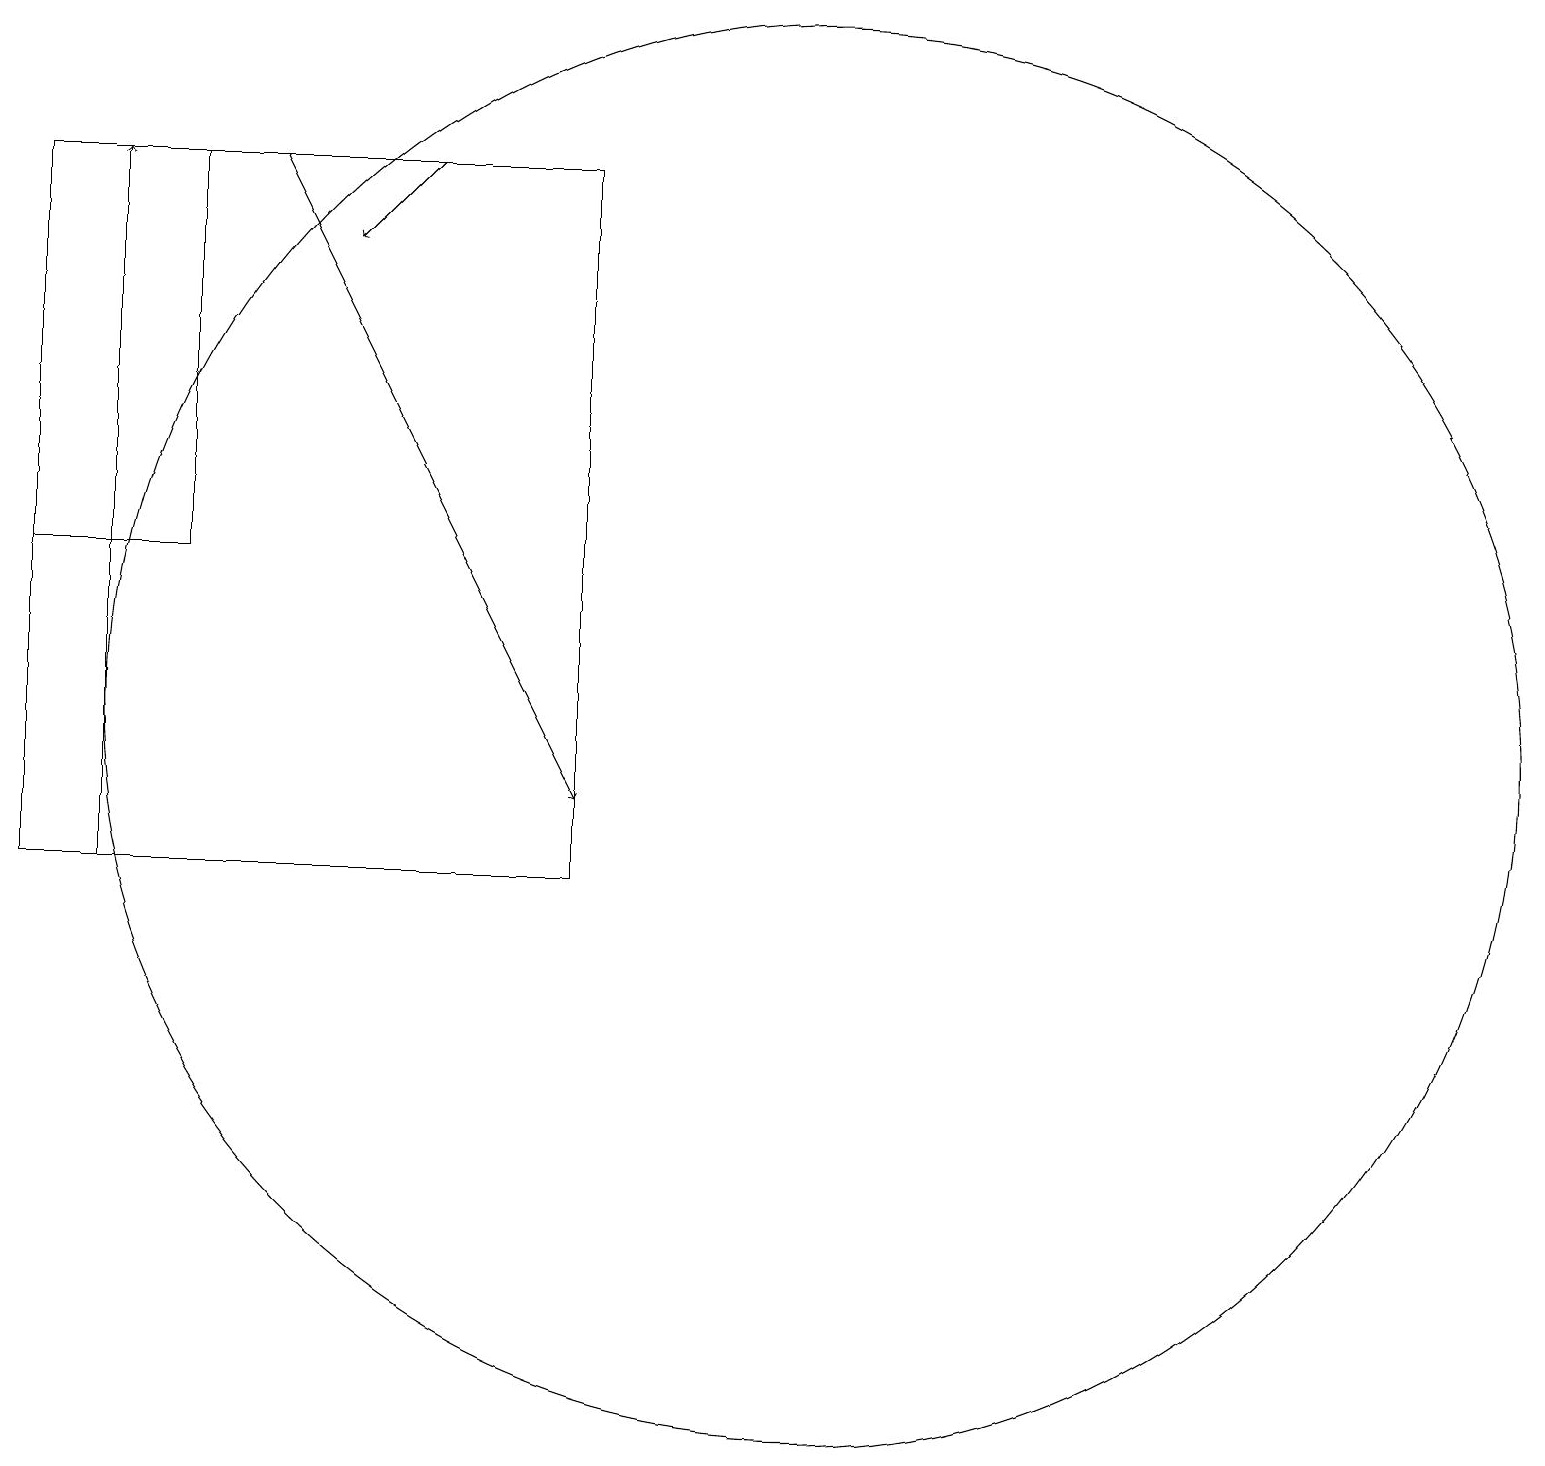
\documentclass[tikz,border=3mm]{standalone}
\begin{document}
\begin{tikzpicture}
\draw[->] (5,19) -- (4,18);
\draw[->] (1,10) -- (1,19);
\draw (10,12) circle (9);
\draw[->] (3,19) -- (7,11);
\draw (0,19) rectangle (2,14);
\draw (0,10) rectangle (7,19);
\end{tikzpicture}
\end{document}